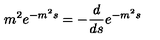
m ^ { 2 } e ^ { - m ^ { 2 } s } = - { \frac { d } { d s } } e ^ { - m ^ { 2 } s }